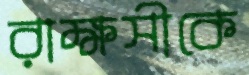
রাক্ষসীকে